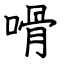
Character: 嗗